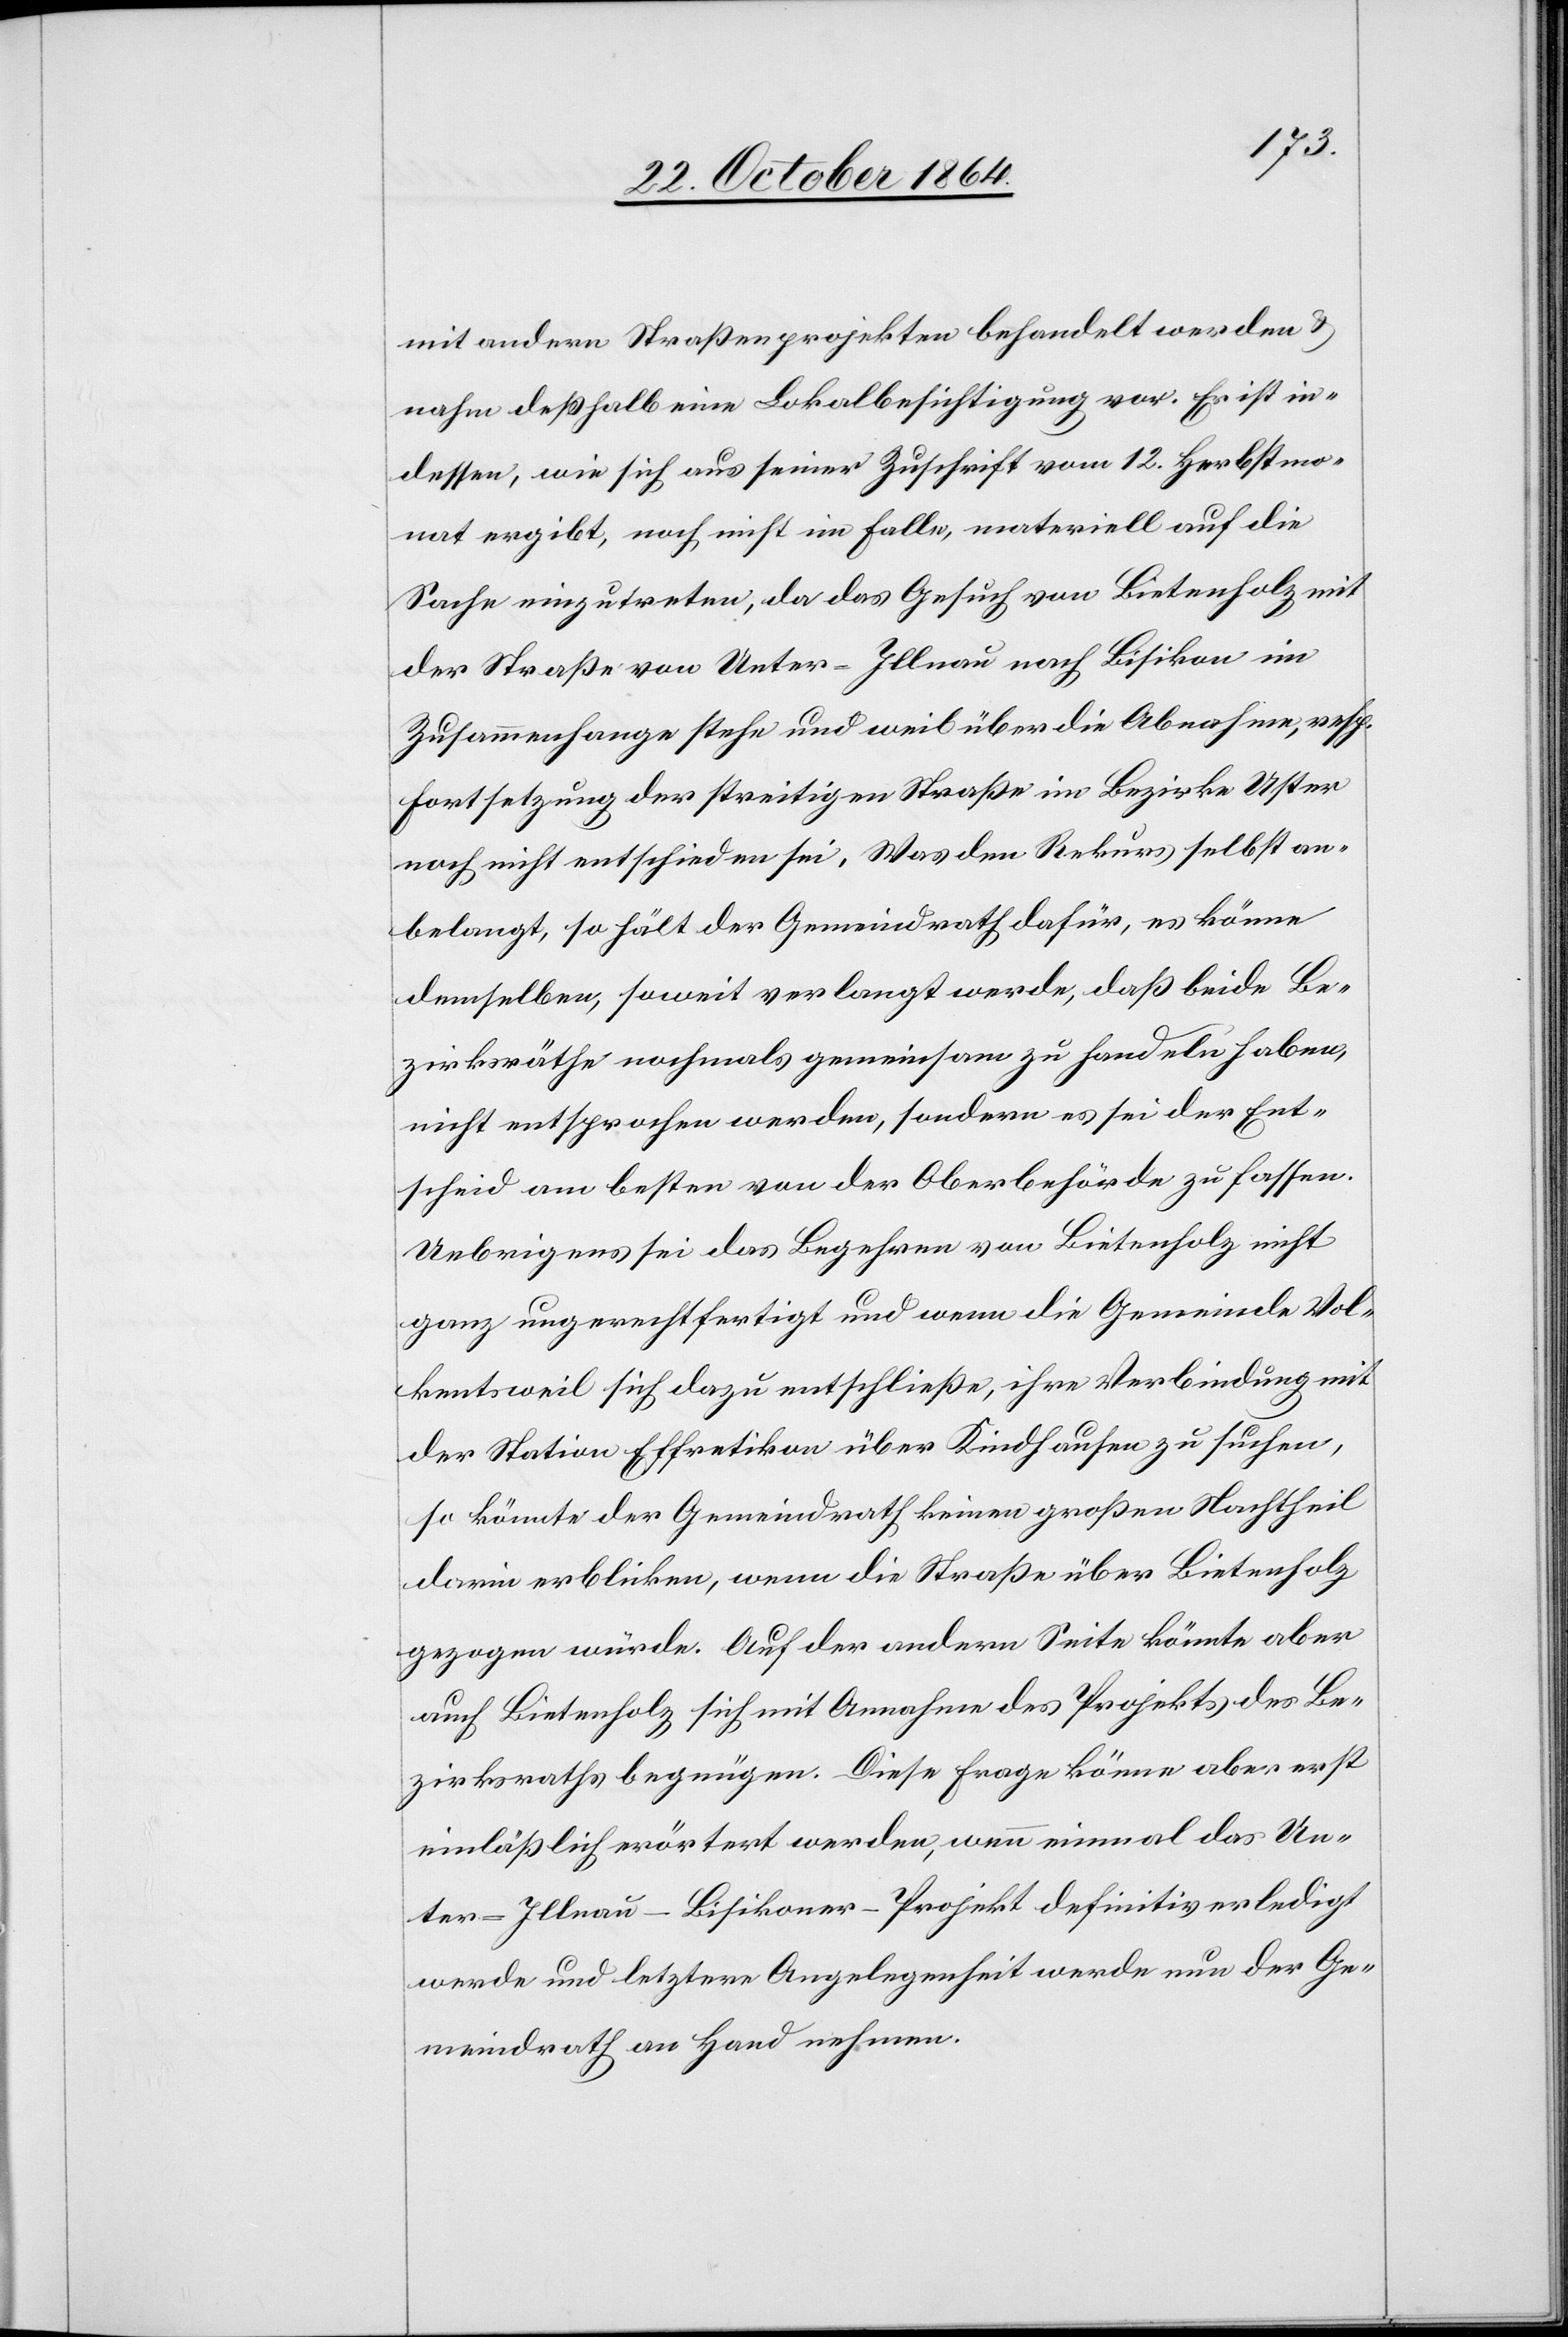
mit andern Straßenprojekten behandelt werden &
nahm deßhalb eine Lokalbesichtigung vor. Er ist in¬
dessen, wie sich aus seiner Zuschrift vom 12. Herbstmo¬
nat ergibt, noch nicht im Falle, materiell auf die
Sache einzutreten, da das Gesuch von Bietenholz mit
der Straße von Unter-Illnau nach Bisikon im
Zusammenhange stehe und weil über die Abnahme, resp.
Fortsetzung der streitigen Straße im Bezirke Uster
noch nicht entschieden sei. Was den Rekurs selbst an¬
belangt, so hält der Gemeindrath dafür, es könne
demselben, soweit verlangt werde, daß beide Be¬
zirksräthe nochmals gemeinsam zu handeln haben,
nicht entsprochen werden, sondern es sei der Ent¬
scheid am besten von der Oberbehörde zu fassen.
Uebrigens sei das Begehren von Bietenholz nicht
ganz ungerechtfertigt und wenn die Gemeinde Vol¬
kentsweil sich dazu entschließe, ihre Verbindung mit
der Station Effretikon über Kindhausen zu suchen,
so könnte der Gemeindrath keinen großen Nachtheil
darin erblicken, wenn die Straße über Bietenholz
gezogen würde. Auf der andern Seite könnte aber
auch Bietenholz sich mit Annahme des Projekts des Be¬
zirksraths begnügen. Diese Frage könne aber erst
einläßlich erörtert werden, wenn einmal das Un¬
ter-Illnau–Bisikoner-Projekt definitiv erledigt
werde und letztere Angelegenheit werde nun der Ge¬
meindrath an Hand nehmen.